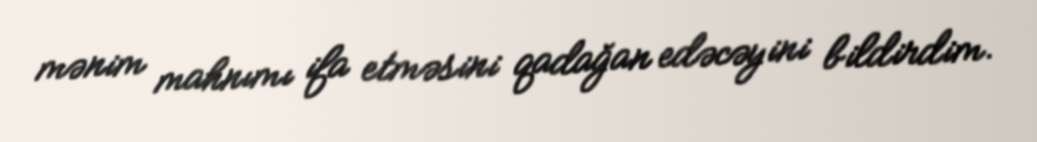
mənim mahnımı ifa etməsini qadağan edəcəyini bildirdim.